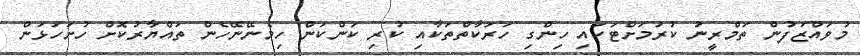
މުވައްޒަފުން ތަމްރީނު ކުރުމަށްޓަކައި ހިންގި ހަރަކާތްތަކާއި ކުރި ކަންކަން ހިމެނޭނޭހެން ތައްޔާރުކޮށް ހުށަހަޅަން